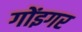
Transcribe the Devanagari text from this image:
गोंइगर